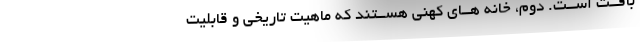
بافــت اســت. دوم، خانه هــای کهنی هســتند که ماهیت تاریخی و قابلیت